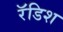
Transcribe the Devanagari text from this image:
रॅडिश